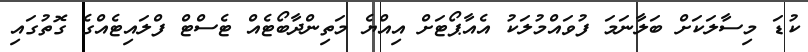
ކުޑަ މިސާލަކަށް ބަލާނަމަ ފުވައްމުލަކު އެއާޕޯޓަށް އިއްޔެ މަތިންދާބޯޓެއް ޓެސްޓް ފްލައިޓެއްގެ ގޮތުގައި